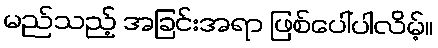
မည်သည့် အခြင်းအရာ ဖြစ်ပေါ်ပါလိမ့်။